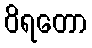
ဝိရတော